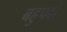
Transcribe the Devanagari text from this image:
बहुपदो